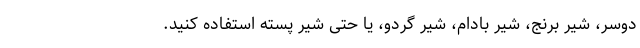
دوسر، شیر برنج، شیر بادام، شیر گردو، یا حتی شیر پسته استفاده کنید.